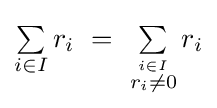
\textstyle \sum \limits _{i\in I}r_{i}~=~\textstyle \sum \limits _{\stackrel {i\in I}{r_{i}\neq 0}}r_{i}